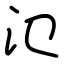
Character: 氾